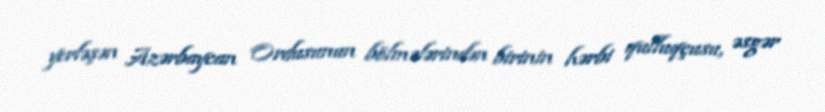
yerləşən Azərbaycan Ordusunun bölmələrindən birinin hərbi qulluqçusu, əsgər